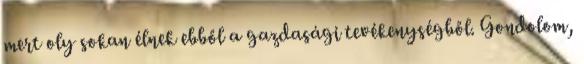
mert oly sokan élnek ebből a gazdasági tevékenységből. Gondolom,